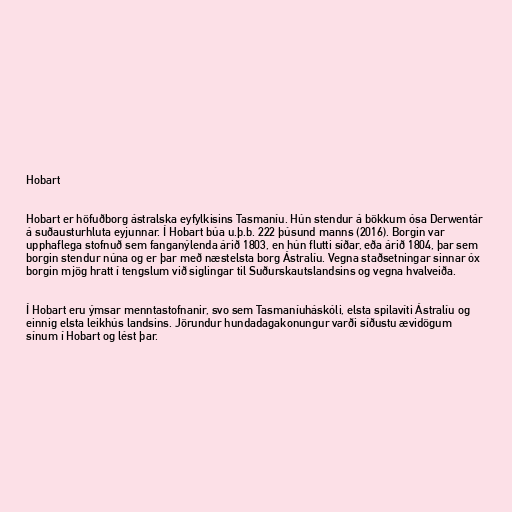
Hobart

Hobart er höfuðborg ástralska eyfylkisins Tasmaníu. Hún stendur á bökkum ósa Derwentár
á suðausturhluta eyjunnar. Í Hobart búa u.þ.b. 222 þúsund manns (2016). Borgin var
upphaflega stofnuð sem fanganýlenda árið 1803, en hún flutti síðar, eða árið 1804, þar sem
borgin stendur núna og er þar með næstelsta borg Ástralíu. Vegna staðsetningar sinnar óx
borgin mjög hratt í tengslum við siglingar til Suðurskautslandsins og vegna hvalveiða.

Í Hobart eru ýmsar menntastofnanir, svo sem Tasmaníuháskóli, elsta spilavíti Ástralíu og
einnig elsta leikhús landsins. Jörundur hundadagakonungur varði síðustu ævidögum
sínum í Hobart og lést þar.